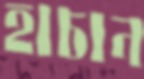
হাচান